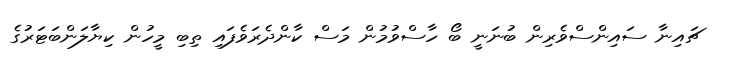
ޗައިނާ ސައިންސްވެރިން ބުނަނީ ބޯ ހާސްވުމުން މަސް ކާންދެރަވެފައި ތިބި މީހުން ކިޔާލަންބަޓަރުގެ